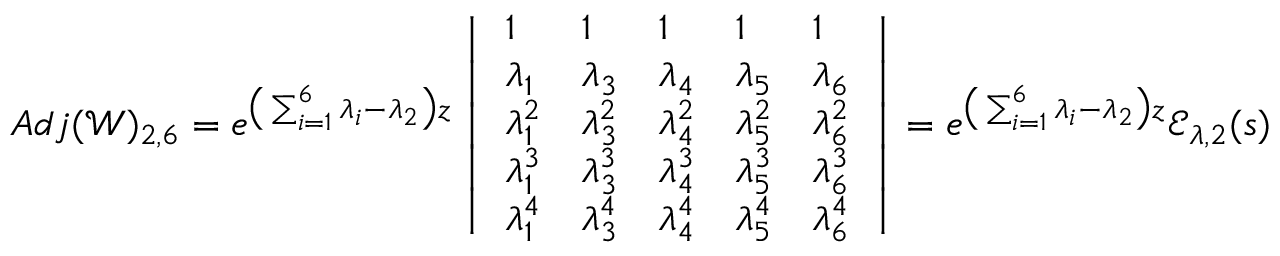
A d j ( \mathscr { W } ) _ { 2 , 6 } = e ^ { \big ( \sum _ { i = 1 } ^ { 6 } \lambda _ { i } - \lambda _ { 2 } \big ) z } \left| \begin{array} { l l l l l } { 1 } & { 1 } & { 1 } & { 1 } & { 1 } \\ { \lambda _ { 1 } } & { \lambda _ { 3 } } & { \lambda _ { 4 } } & { \lambda _ { 5 } } & { \lambda _ { 6 } } \\ { \lambda _ { 1 } ^ { 2 } } & { \lambda _ { 3 } ^ { 2 } } & { \lambda _ { 4 } ^ { 2 } } & { \lambda _ { 5 } ^ { 2 } } & { \lambda _ { 6 } ^ { 2 } } \\ { \lambda _ { 1 } ^ { 3 } } & { \lambda _ { 3 } ^ { 3 } } & { \lambda _ { 4 } ^ { 3 } } & { \lambda _ { 5 } ^ { 3 } } & { \lambda _ { 6 } ^ { 3 } } \\ { \lambda _ { 1 } ^ { 4 } } & { \lambda _ { 3 } ^ { 4 } } & { \lambda _ { 4 } ^ { 4 } } & { \lambda _ { 5 } ^ { 4 } } & { \lambda _ { 6 } ^ { 4 } } \end{array} \right| = e ^ { \big ( \sum _ { i = 1 } ^ { 6 } \lambda _ { i } - \lambda _ { 2 } \big ) z } \mathscr { E } _ { \lambda , 2 } ( s )